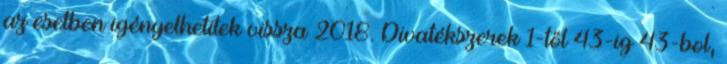
az esetben igényelhetitek vissza 2018. Divatékszerek 1-től 43-ig 43-bol,